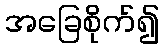
အခြေစိုက်၍